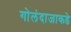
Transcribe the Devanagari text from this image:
गोलंदाजाकडे